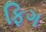
ફિગ